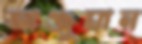
আঞ্জুমান